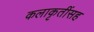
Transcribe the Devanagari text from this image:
कलाकृतींसह